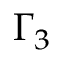
\Gamma _ { 3 }